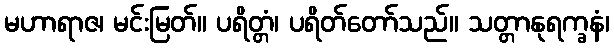
မဟာရာဇ၊ မင်းမြတ်။ ပရိတ္တံ၊ ပရိတ်တော်သည်။ သတ္တာနုရက္ခနံ၊